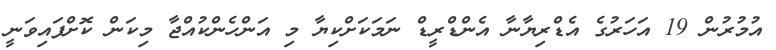
އުމުރުން 19 އަހަރުގެ އެޑްރިޔާނާ އެންޑްރީޑް ނަމަކަށްކިޔާ މި އަންހެންކުއްޖާ މިކަން ކޮށްފައިވަނީ